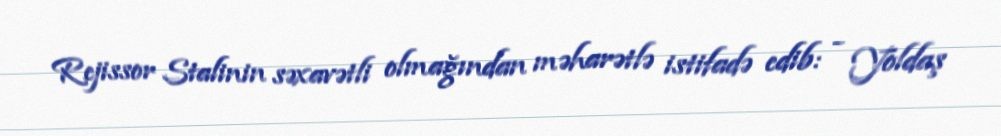
Rejissor Stalinin səxavətli olmağından məharətlə istifadə edib: - Yoldaş